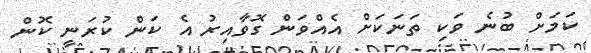
ކަމަށް ބުނެ ވަކި ތަނަކަށް އެއްވަން ގޮވާއިރު އެ ކަން ކުރަނީ ކޮން